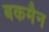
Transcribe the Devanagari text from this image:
बकमैन